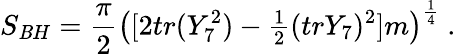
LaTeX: S_{\mathit{B}H}={\frac{{\pi}}{{2}}}\left([2tr(Y_{7}^{2})-{\textstyle{\frac{{1}}{{2}}}}(trY_{7})^{2}]m\right)^{\frac{{1}}{{4}}}\ .